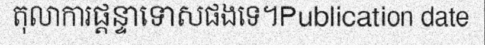
តុលាការផ្តន្ទាទោសផងទេ។Publication date